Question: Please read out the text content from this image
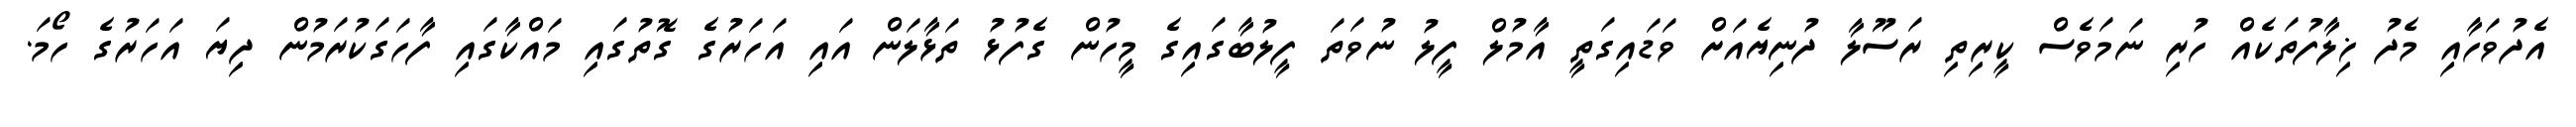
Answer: އެދުވަހާއި މެދު ޚިލާފުތަކެއް ހުރި ނަމަވެސް ކީރިތި ރަސޫލާ ދުނިޔެއަށް ވަޑައިގަތީ އާމުލް ފީލު ނުވަތަ ފީލުބާގައިގެ މީހުން ގެފުޅު ތަޅާލަން އައި އަހަރުގެ ގޮތުގައި މައްކާގައި ފާހަގަކުރަމުން ދިޔަ އަހަރުގެ ހޯމަ.